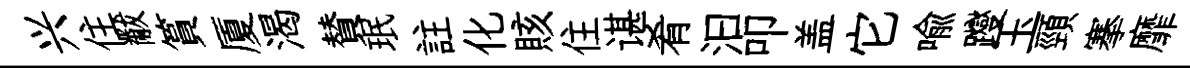
兴住黻篔厦渴賛珉註化賅住谌肴汩叩盖它喩躞玉頸搴靡